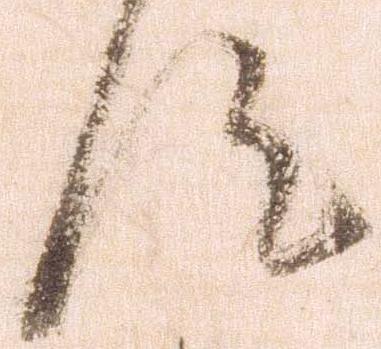
汰